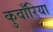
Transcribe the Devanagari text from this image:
कुवाँरिया